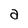
Character: a